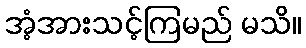
အံ့အားသင့်ကြမည် မသိ။